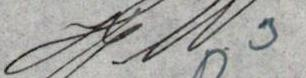
J. W.